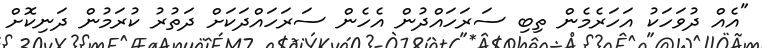
"އެއް ދުވަހަކު އަހަރެމެން ތިބި ސަރަހައްދުން އެހެން ސަރަހައްދަކަށް ދަތުރު ކުރަމުން ދަނިކޮށް